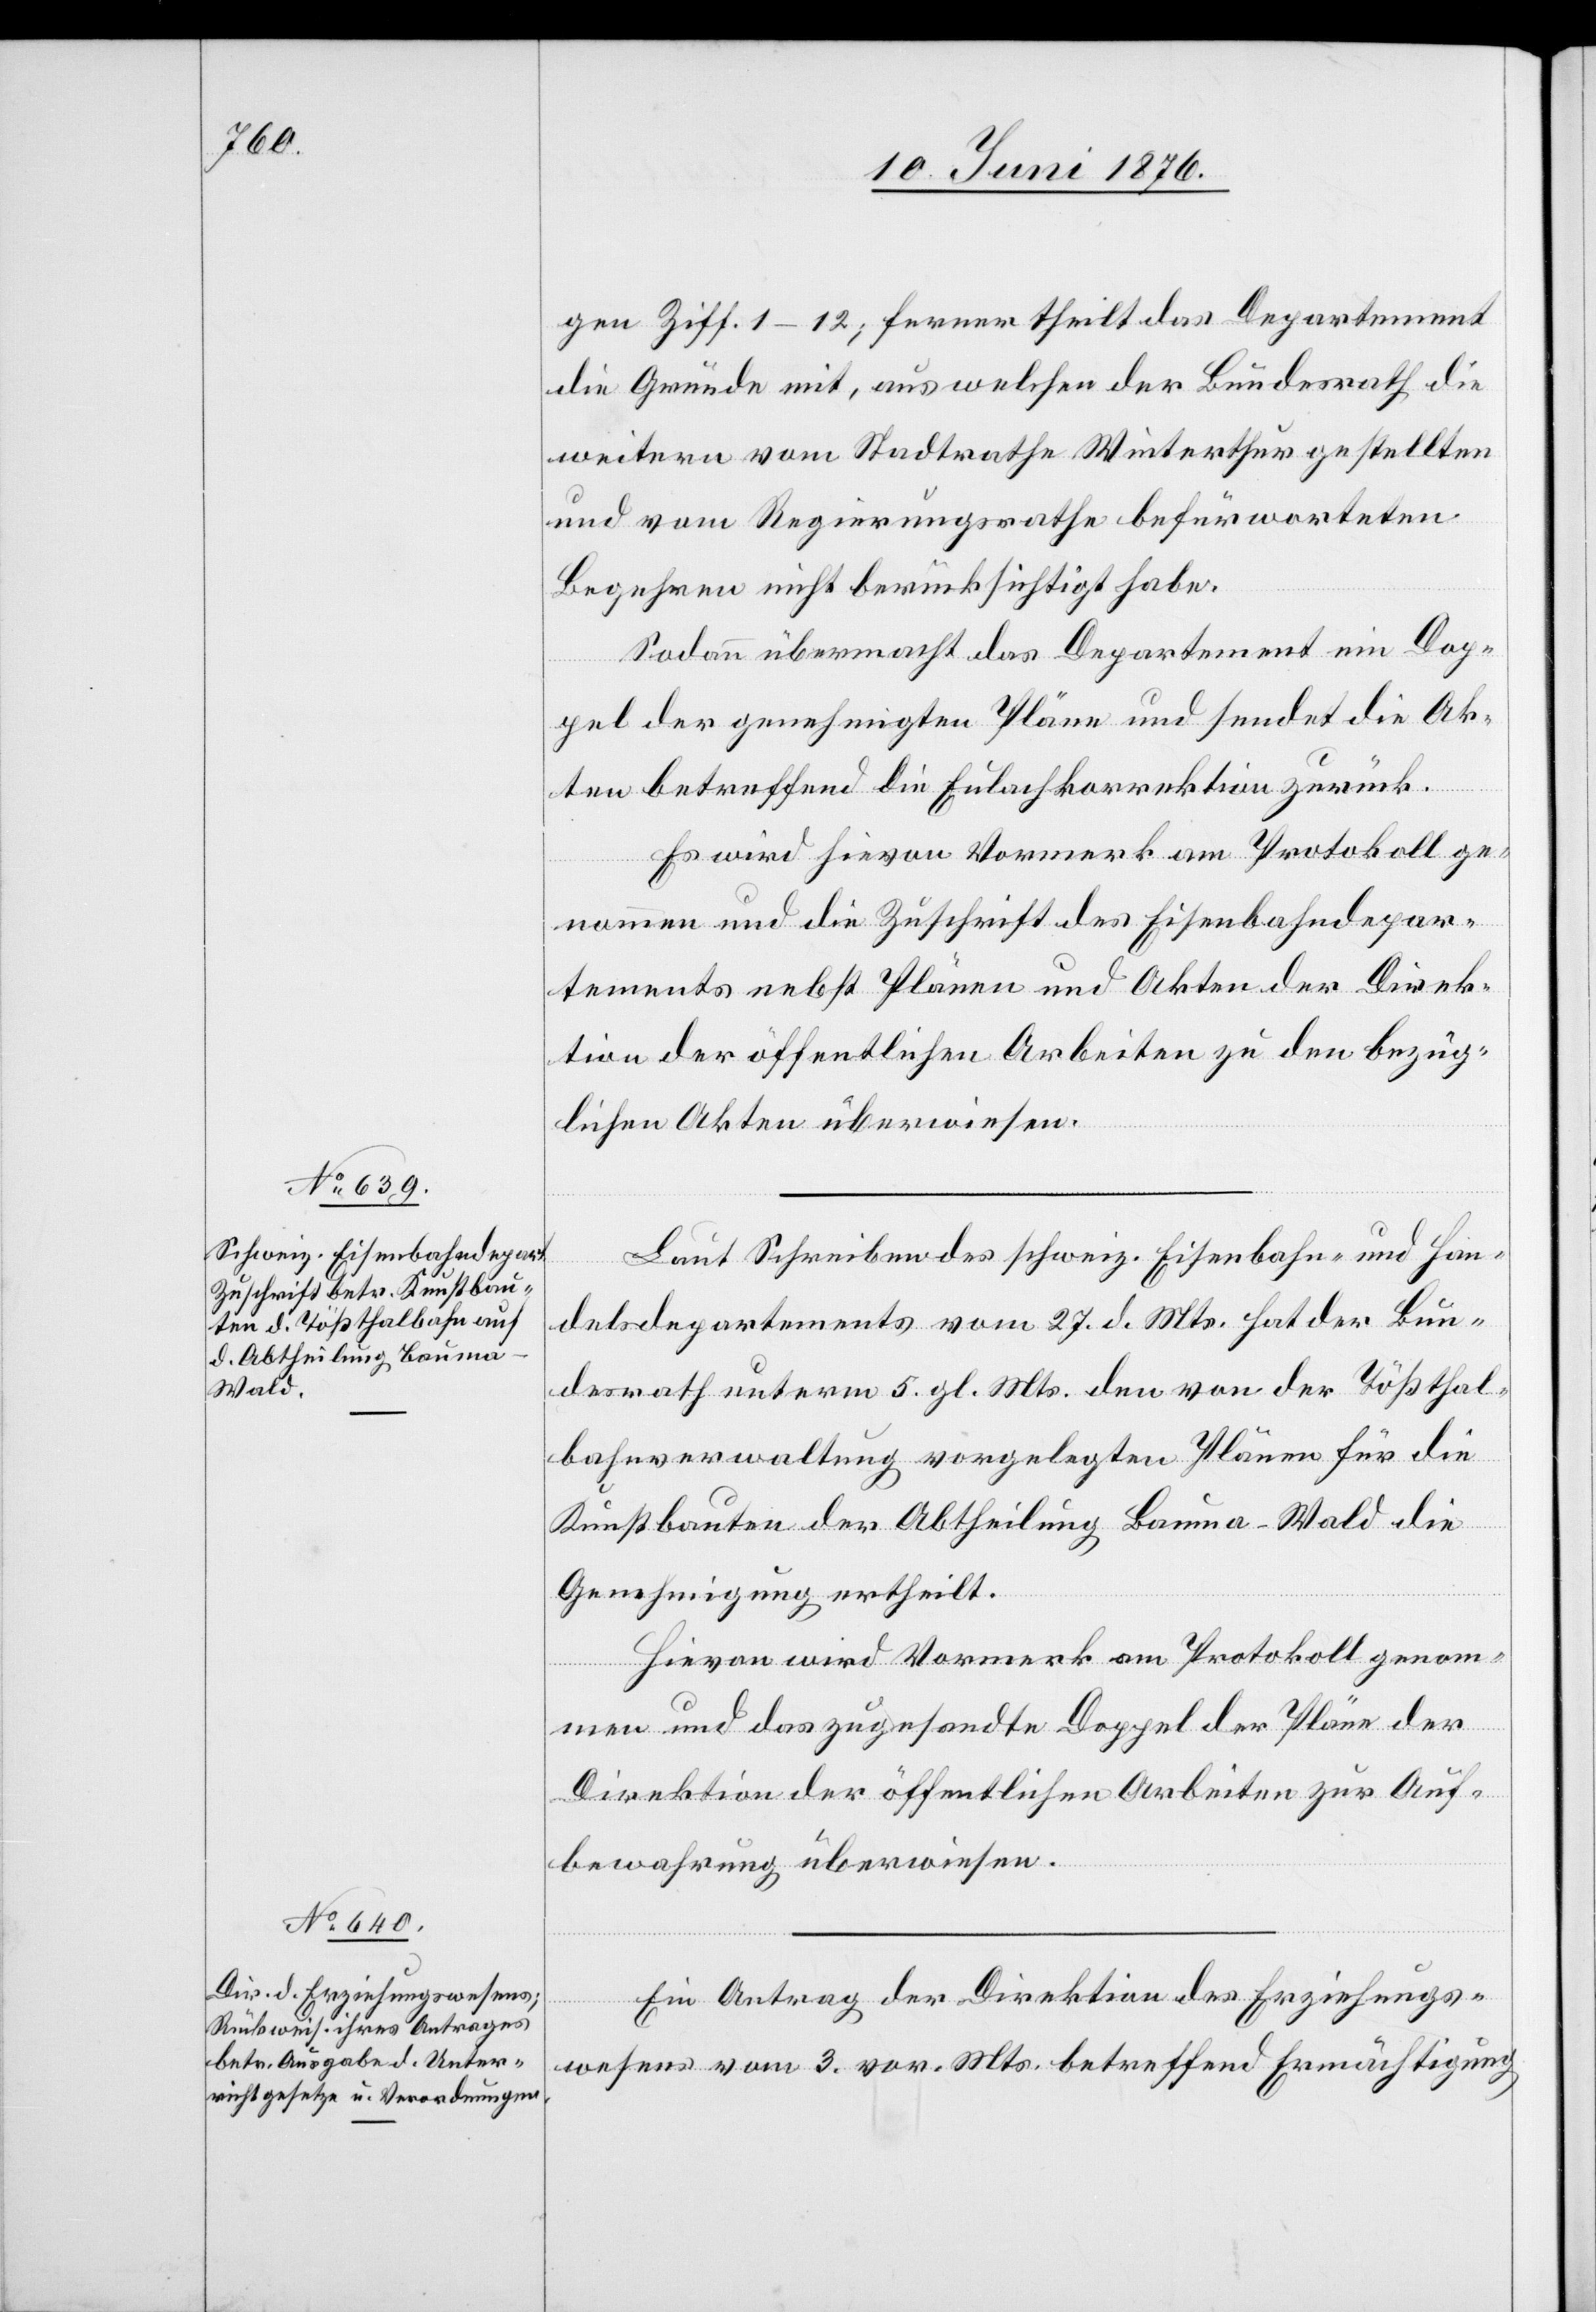
gen Ziff. 1–12; ferner theilt das Departement
die Gründe mit, aus welchen der Bundesrath die
weitern vom Stadtrathe Winterthur gestellten
und vom Regierungsrathe befürworteten
Begehren nicht berücksichtigt habe.
Sodann übermacht das Departement ein Dop¬
pel der genehmigten Pläne und sendet die Ak¬
ten betreffend die Eulachkorrektion zurück.
Es wird hievon Vormerk am Protokoll ge¬
nommen und die Zuschrift des Eisenbahndepar¬
tements nebst Plänen und Akten der Direk¬
tion der öffentlichen Arbeiten zu den bezüg¬
lichen Akten überwiesen.
Laut Schreiben des schweiz. Eisenbahn- und Han¬
delsdepartement vom 27. d. Mts. hat der Bun¬
desrath unterm 5. gl. Mts. den von der Tößthal¬
bahnverwaltung vorgelegten Plänen für die
Kunstbauten der Abtheilung Bauma–Wald die
Genehmigung ertheilt.
Hievon wird Vormerk am Protokoll genom¬
men und das zugesandte Doppel der Pläne der
Direktion der öffentlichen Arbeiten zur Auf¬
bewahrung überwiesen.
Ein Antrag der Direktion des Erziehungs¬
wesens vom 3. vor. Mts. betreffend Ermächtigung